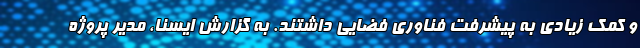
و کمک زیادی به پیشرفت فناوری فضایی داشتند. به گزارش ایسنا، مدیر پروژه